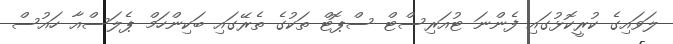
ލަވައިގެ ކުރީކޮޅުގައި ފެންނަ ޓުއަރިސްޓް ސްޕޮޓް ތަކުގެ ތެރޭގައި ބަކިންހަމް ޕެލަސްއާ ހައުސް